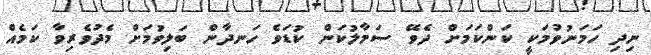
ނިދި ހަމަނުވުމަކީ ކަަންކަމަށް ދެވޭ ސަމާލުކަން ކުޑަވެ ހަނދާން ބަލިވުމަށް މެދުވެރިވާ ކަމެއް